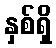
နှစ်ရှိ